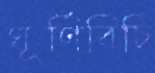
ঘূর্ণিবিচি